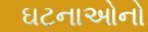
ઘટનાઓનો